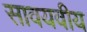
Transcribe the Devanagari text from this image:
सावयवीय